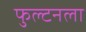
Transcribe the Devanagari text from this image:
फुल्टनला